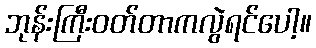
ဘုန်းကြီးဝတ်တာကလွဲရင်ပေါ့။